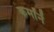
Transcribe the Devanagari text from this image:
कर्मांनें